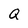
Character: Q